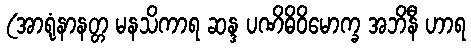
(အာရုံနာနတ္တ မနသိကာရ ဆန္ဒ ပဏိဓိဝိမောက္ခ အဘိနီ ဟာရ